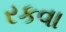
રકવા